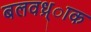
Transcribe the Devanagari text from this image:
बलवध्र्ाक